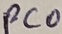
Text: PCO